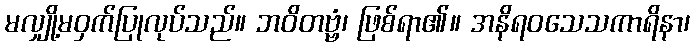
မလျှို့မဝှက်ပြုလုပ်သည်။ ဘဝိတဗ္ဗံ၊ ဖြစ်ရာ၏။ အနိရဝသေသကာရိနာ၊